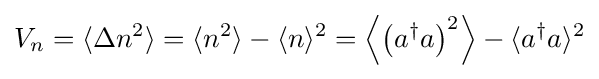
V_{n}=\langle \Delta n^{2}\rangle =\langle n^{2}\rangle -\langle n\rangle ^{2}=\left\langle \left(a^{\dagger }a\right)^{2}\right\rangle -\langle a^{\dagger }a\rangle ^{2}